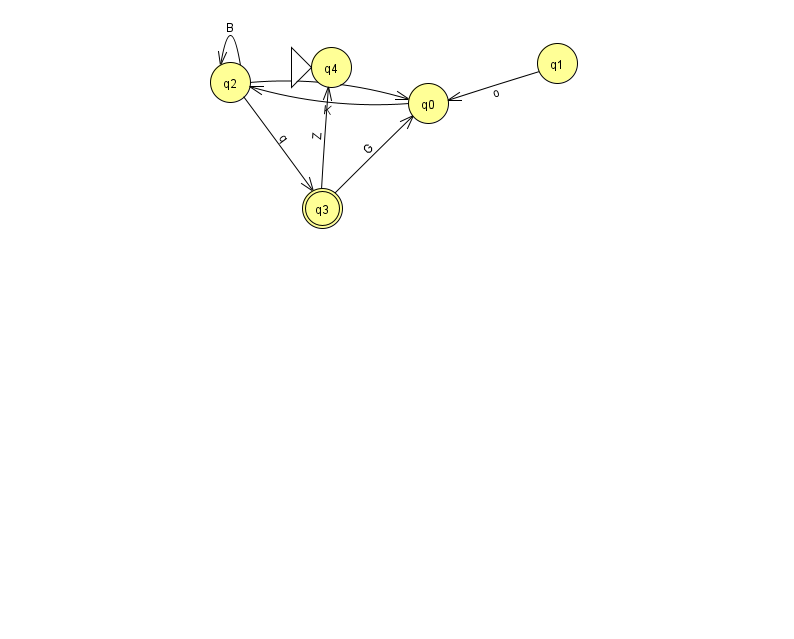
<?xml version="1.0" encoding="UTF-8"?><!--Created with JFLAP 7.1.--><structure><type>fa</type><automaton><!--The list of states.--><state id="0" name="q0"><x>428.0</x><y>90.0</y></state><state id="1" name="q1"><x>557.0</x><y>50.0</y></state><state id="2" name="q2"><x>230.0</x><y>69.0</y></state><state id="3" name="q3"><x>322.0</x><y>195.0</y><final/></state><state id="4" name="q4"><x>331.0</x><y>54.0</y><initial/></state><!--The list of transitions.--><transition><from>0</from><to>2</to><read>K</read></transition><transition><from>2</from><to>2</to><read>B</read></transition><transition><from>2</from><to>3</to><read>q</read></transition><transition><from>2</from><to>0</to><read>B</read></transition><transition><from>1</from><to>0</to><read>o</read></transition><transition><from>3</from><to>0</to><read>G</read></transition><transition><from>3</from><to>4</to><read>Z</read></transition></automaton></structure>